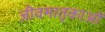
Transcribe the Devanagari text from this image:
जीवमातृकाओं